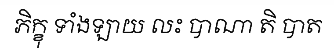
ភិក្ខុ ទាំងឡាយ លះ បាណា តិ បាត